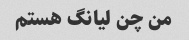
من چن لیانگ هستم